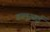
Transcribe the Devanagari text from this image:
डब्लूआई